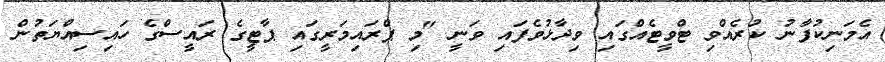
އެމަނިކުފާނު ކުރެއްވި ޓްވީޓެއްގައި ވިދާޅުވެފައި ވަނީ "މި ޕްރައިމަރީގައި ޕާޓީގެ ރައީސްގެ ހައިސިއްޔަތުން